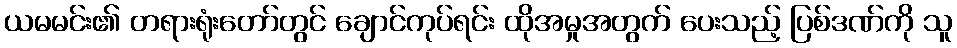
ယမမင်း၏ တရားရုံးတော်တွင် ချောင်ကုပ်ရင်း ထိုအမှုအတွက် ပေးသည့် ပြစ်ဒဏ်ကို သူ